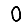
Digit: 0